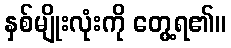
နှစ်မျိုးလုံးကို တွေ့ရ၏။